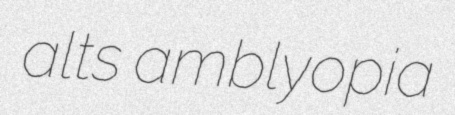
alts amblyopia